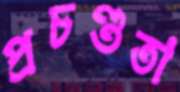
প্রচণ্ডতা